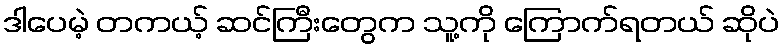
ဒါပေမဲ့ တကယ့် ဆင်ကြီးတွေက သူ့ကို ကြောက်ရတယ် ဆိုပဲ